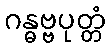
ဂန္ဓဗ္ဗပုတ္တံ